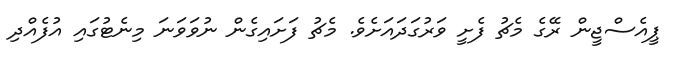
ޕީއެސްޖީން ރޭގެ މެޗު ފެށީ ވަރުގަދައަށެވެ. މެޗު ފަށައިގެން ނުވަވަނަ މިނެޓުގައި އުފެއްދި